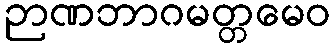
ဉာဏဘာဂမတ္တမေဝ